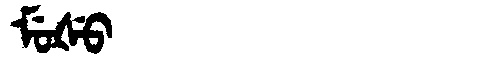
Manchu: ᠮᡠᡧᡠ
Romanization: MUŠU